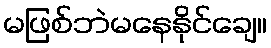
မဖြစ်ဘဲမနေနိုင်ချေ။